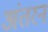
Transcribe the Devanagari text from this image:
अंतरन